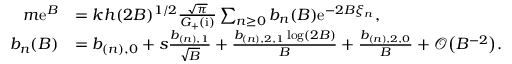
\begin{array} { r l } { m \mathrm { e } ^ { B } } & { = k h ( 2 B ) ^ { 1 / 2 } \frac { \sqrt { \pi } } { G _ { + } ( \mathrm { i } ) } \sum _ { n \ge 0 } b _ { n } ( B ) \mathrm { e } ^ { - 2 B \xi _ { n } } , } \\ { b _ { n } ( B ) } & { = b _ { ( n ) , 0 } + s \frac { b _ { ( n ) , 1 } } { \sqrt { B } } + \frac { b _ { ( n ) , 2 , 1 } \log ( 2 B ) } { B } + \frac { b _ { ( n ) , 2 , 0 } } { B } + \mathcal { O } \big ( B ^ { - 2 } \big ) . } \end{array}